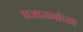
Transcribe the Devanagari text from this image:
प्रजाजनांच्या